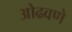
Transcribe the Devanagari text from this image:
ओढवणे